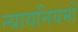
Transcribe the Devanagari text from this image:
न्यायनियमों